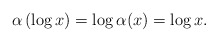
\begin{align*} \alpha\left( \log x\right) = \log \alpha(x) = \log x.\end{align*}